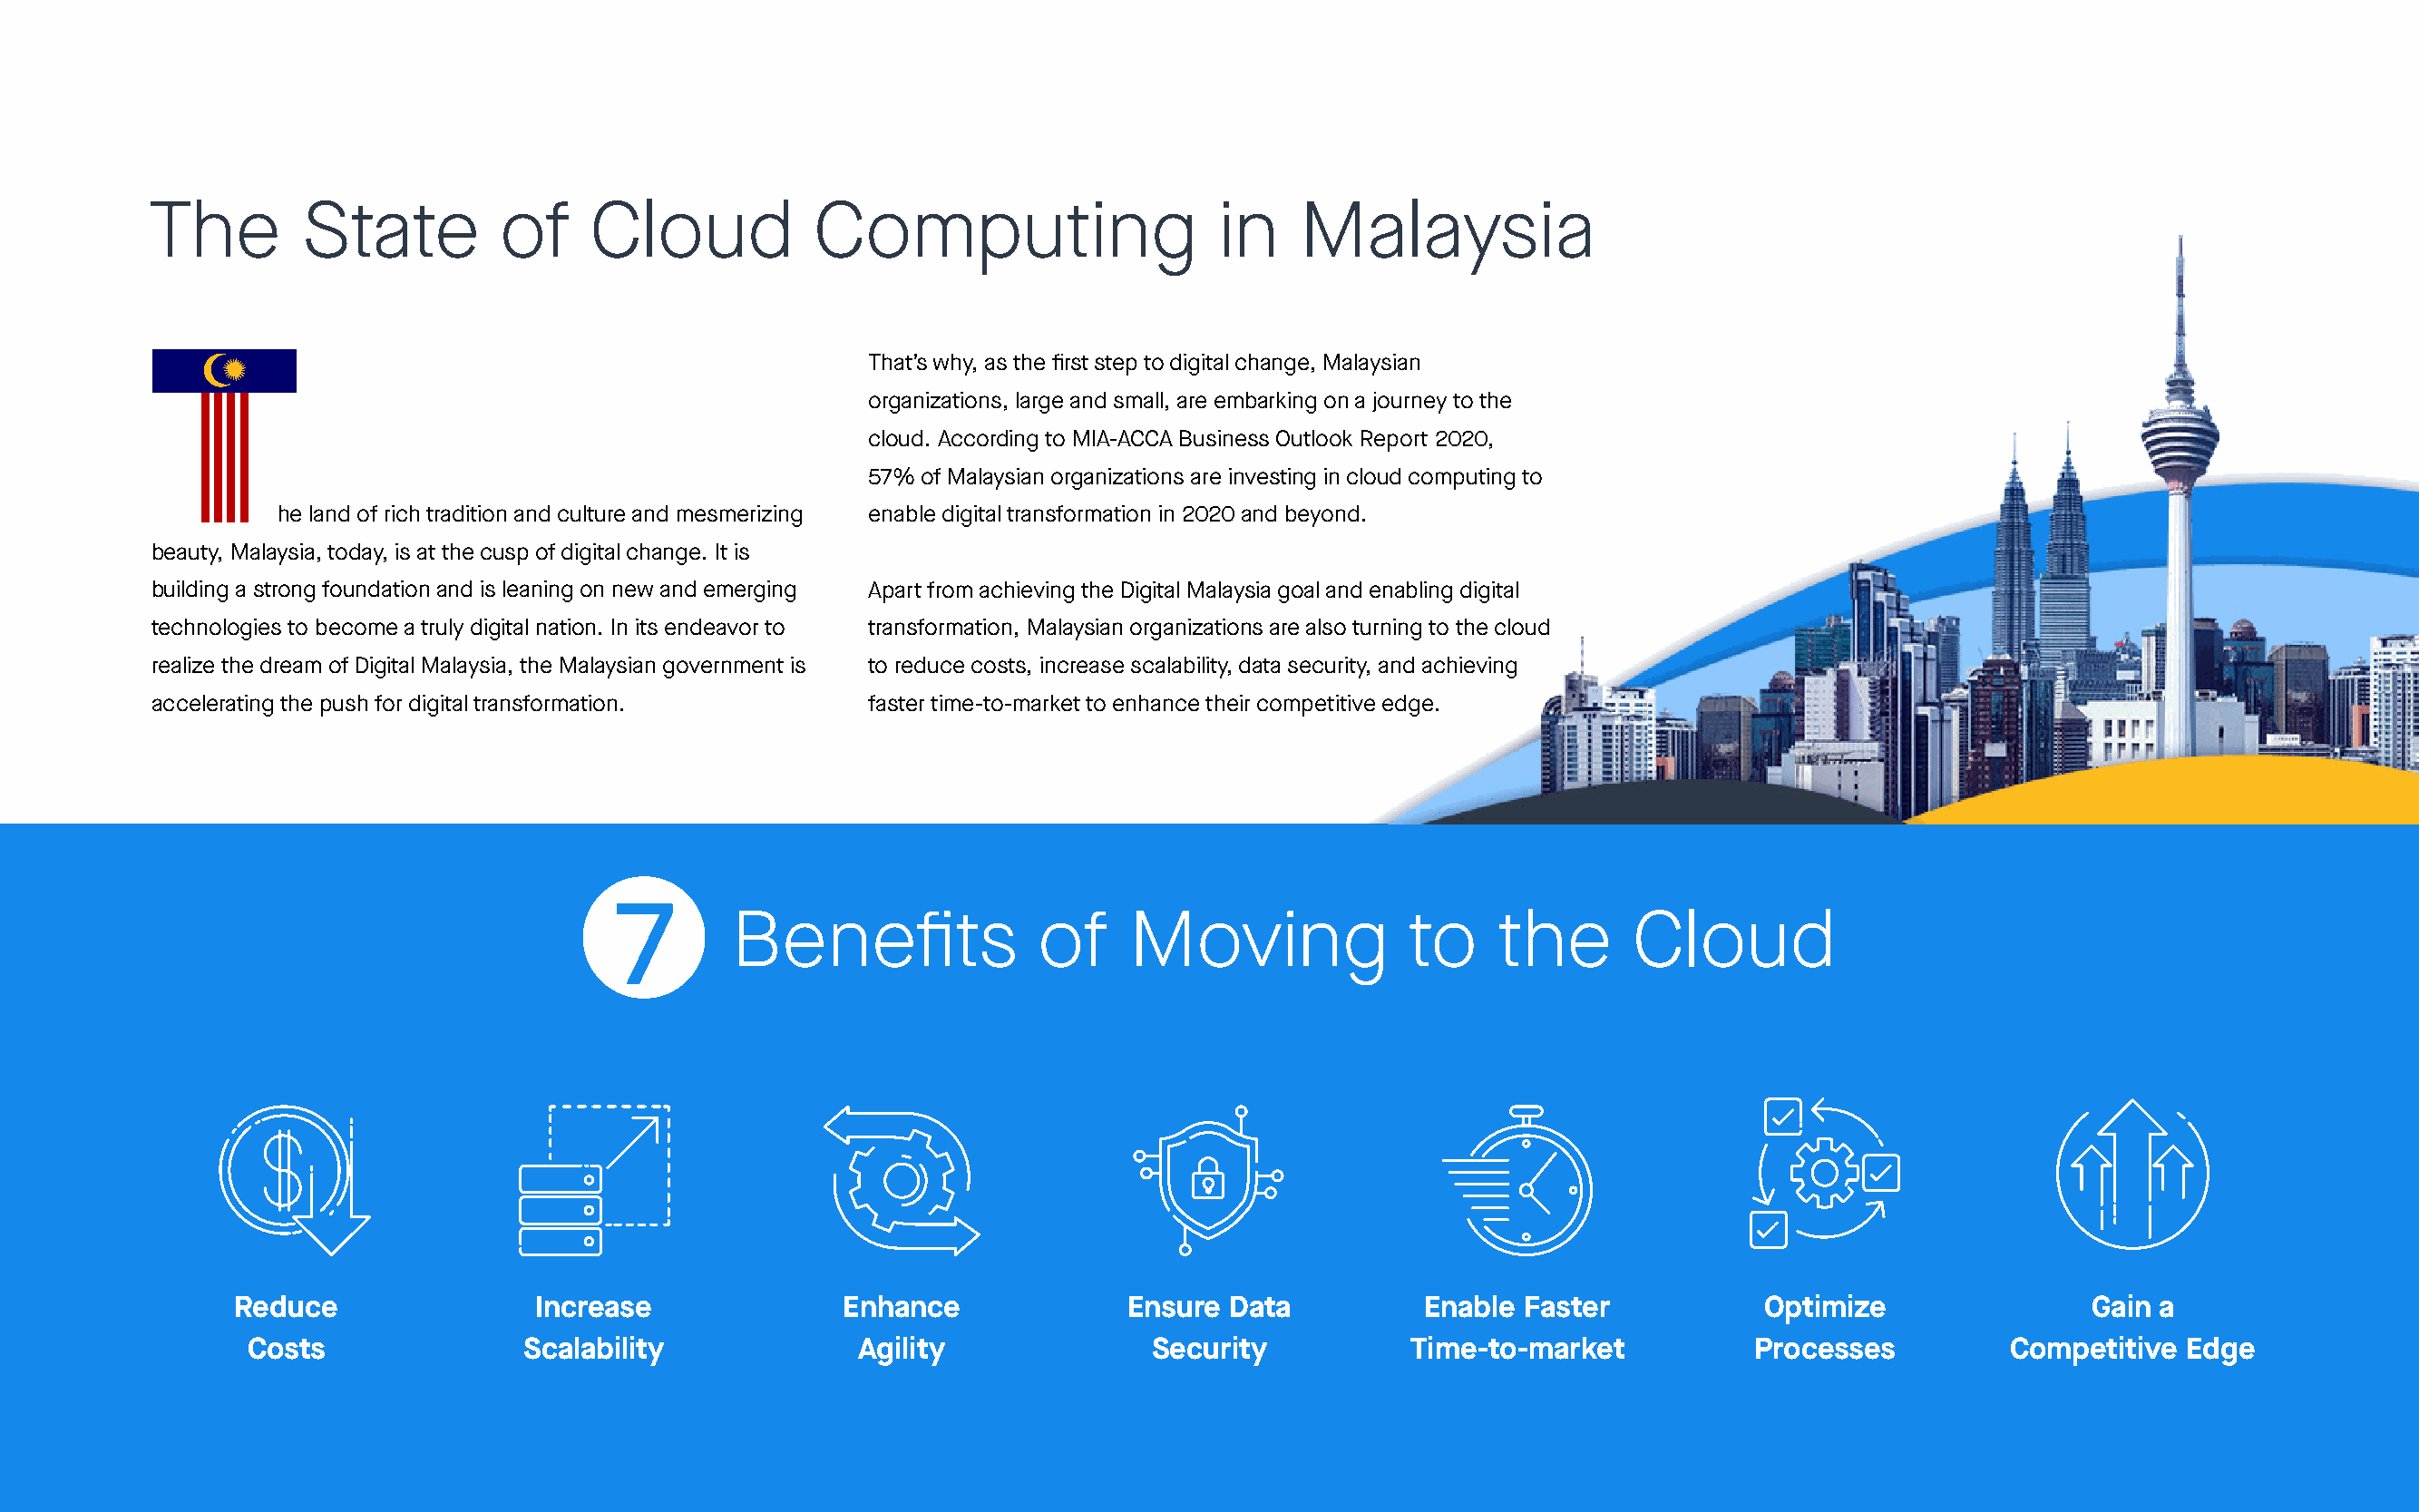
The        State         of     Cloud           Computing                     in    Malaysia
 That’s why, as the first step to digital change, Malaysian
 organizations, large and small, are embarking on a journey to the
 cloud. According to MIA-ACCA Business Outlook Report 2020,
 57% of Malaysian organizations are investing in cloud computing to
 he land of rich tradition and culture and mesmerizing enable digital transformation in 2020 and beyond.
 beauty, Malaysia, today, is at the cusp of digital change. It is
 building a strong foundation and is leaning on new and emerging Apart from achieving the Digital Malaysia goal and enabling digital
 technologies to become a truly digital nation. In its endeavor to transformation, Malaysian organizations are also turning to the cloud
 realize the dream of Digital Malaysia, the Malaysian government is to reduce costs, increase scalability, data security, and achieving
 accelerating the push for digital transformation.   faster time-to-market to enhance their competitive edge.
 7
 Benefits               of    Moving               to    the       Cloud
 Reduce                Increase              Enhance              Ensure  Data          Enable Faster            Optimize                Gain a
 Costs               Scalability              Agility              Security           Time-to-market           Processes          Competitive  Edge